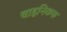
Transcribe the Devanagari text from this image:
चाइनिकफ